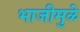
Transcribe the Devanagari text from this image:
भाजीमुळे